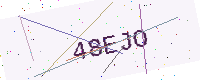
Text: 48EJO